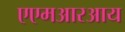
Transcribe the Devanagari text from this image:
एएमआरआय